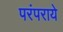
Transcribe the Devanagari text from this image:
परंपराये